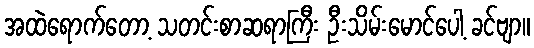
အထဲရောက်တော့ သတင်းစာဆရာကြီး ဦးသိမ်းမောင်ပေါ့ ခင်ဗျာ။